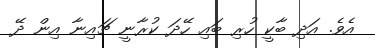
އެވެ. އަދި ބާކީ ހުރި ބައި ހޭދަ ކުރާނީ ޗައިނާ އިން ދޭ